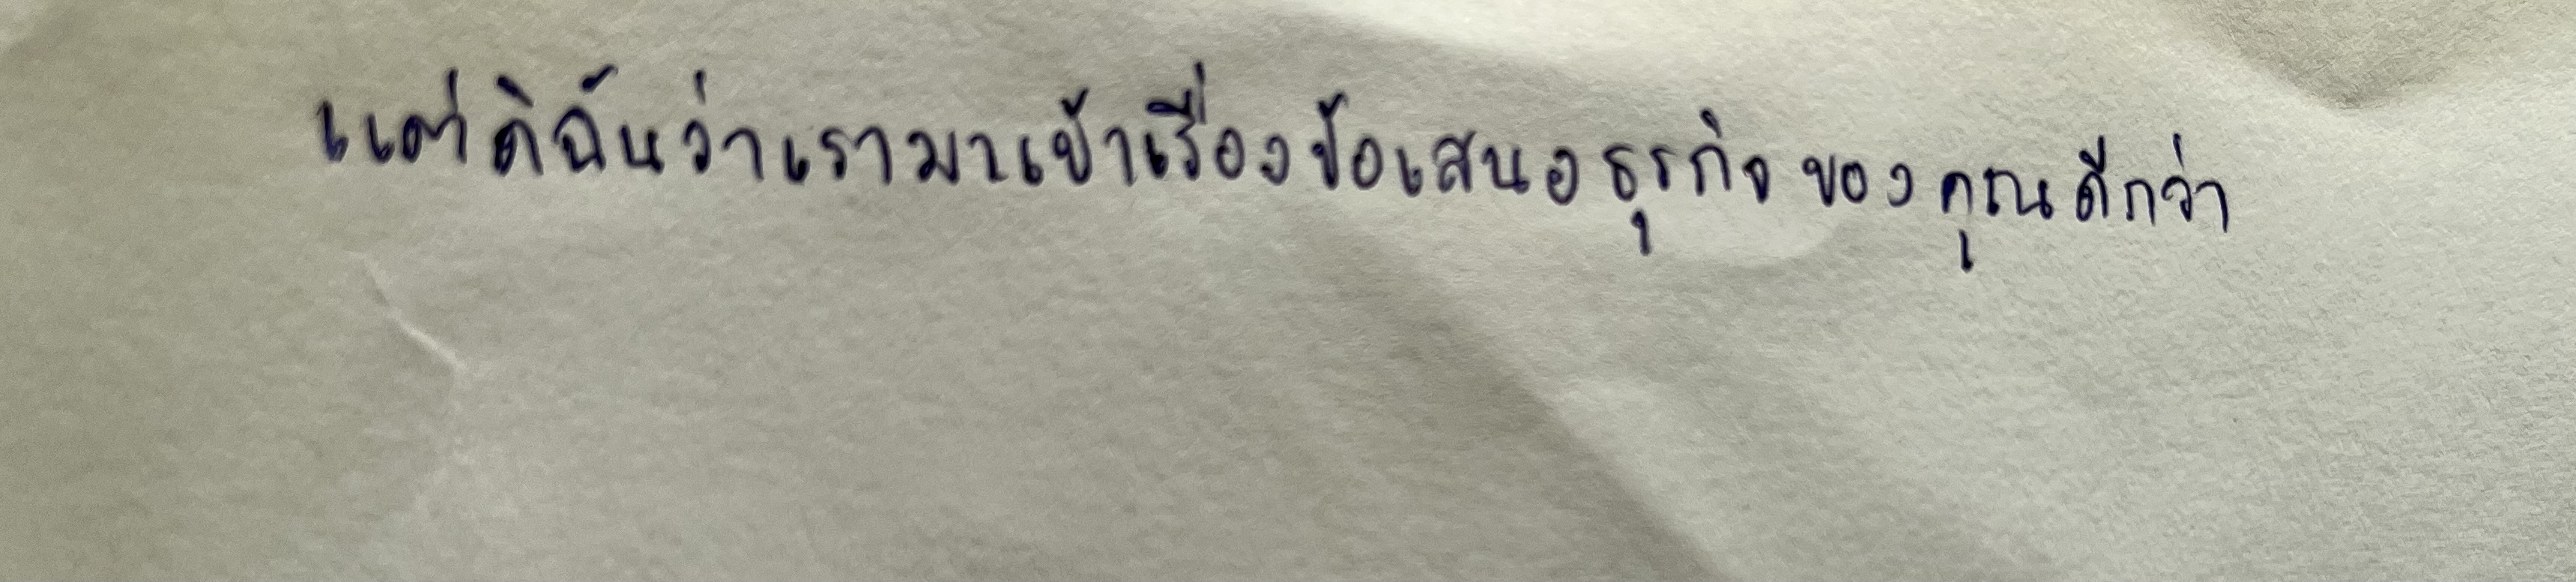
"แต่ดิฉันว่าเรามาเข้าเรื่องข้อเสนอธุรกิจของคุณดีกว่า